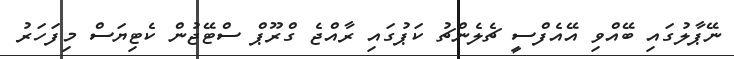
ނޭޕާލުގައި ބޭއްވި އޭއެފްސީ ޗެލެންޗު ކަޕުގައި ރާއްޖެ ގްރޫޕް ސްޓޭޖުން ކެޓިޔަސް މިފަހަރު